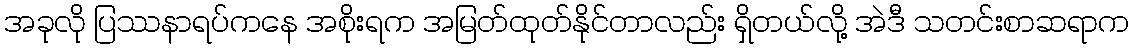
အခုလို ပြဿနာရပ်ကနေ အစိုးရက အမြတ်ထုတ်နိုင်တာလည်း ရှိတယ်လို့ အဲဒီ သတင်းစာဆရာက